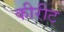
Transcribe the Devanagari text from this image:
कीरीट